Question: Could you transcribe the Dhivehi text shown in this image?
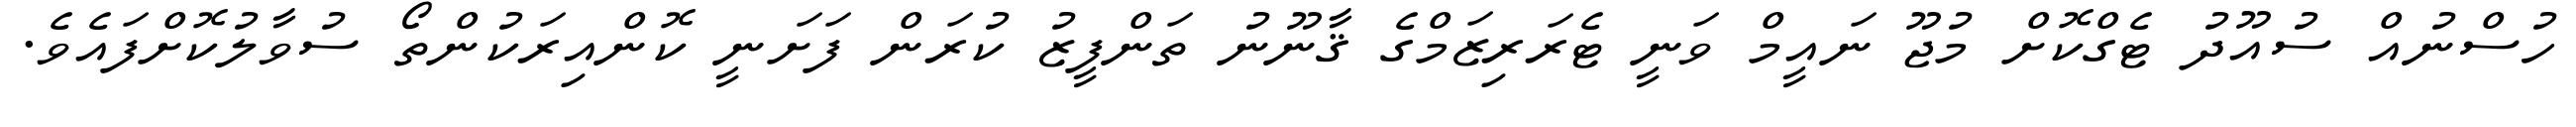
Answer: ހުސްނުއް ސުއޫދު ޓެގްކޮށް މުޖޫ ނައީމް ވަނީ ޓެރަރިޒަމްގެ ޤާނޫނު ތަންފީޒު ކުރަން ފަށަނީ ކޮންއިރަކުންތޯ ސުވާލުކޮށްފައެވެ.